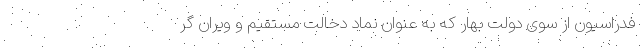
فدراسیون از سوی دولت بهار که به عنوان نماد دخالت مستقیم و ویران گر